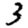
Digit: 3